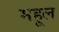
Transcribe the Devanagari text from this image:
महूल